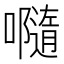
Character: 𡃴